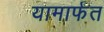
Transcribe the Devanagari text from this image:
यामार्फत